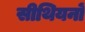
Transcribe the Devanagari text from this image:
सीथियनों